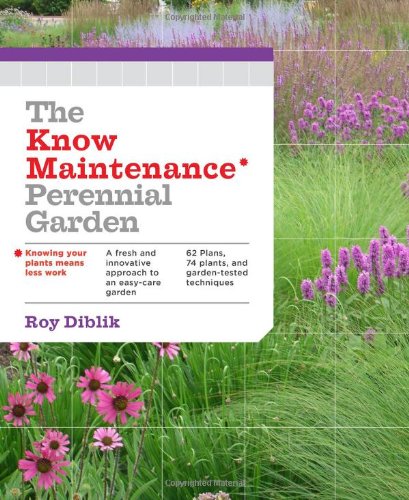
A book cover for The Know Maintenance Perennial Garden; Roy Diblik; Crafts, Hobbies & Home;